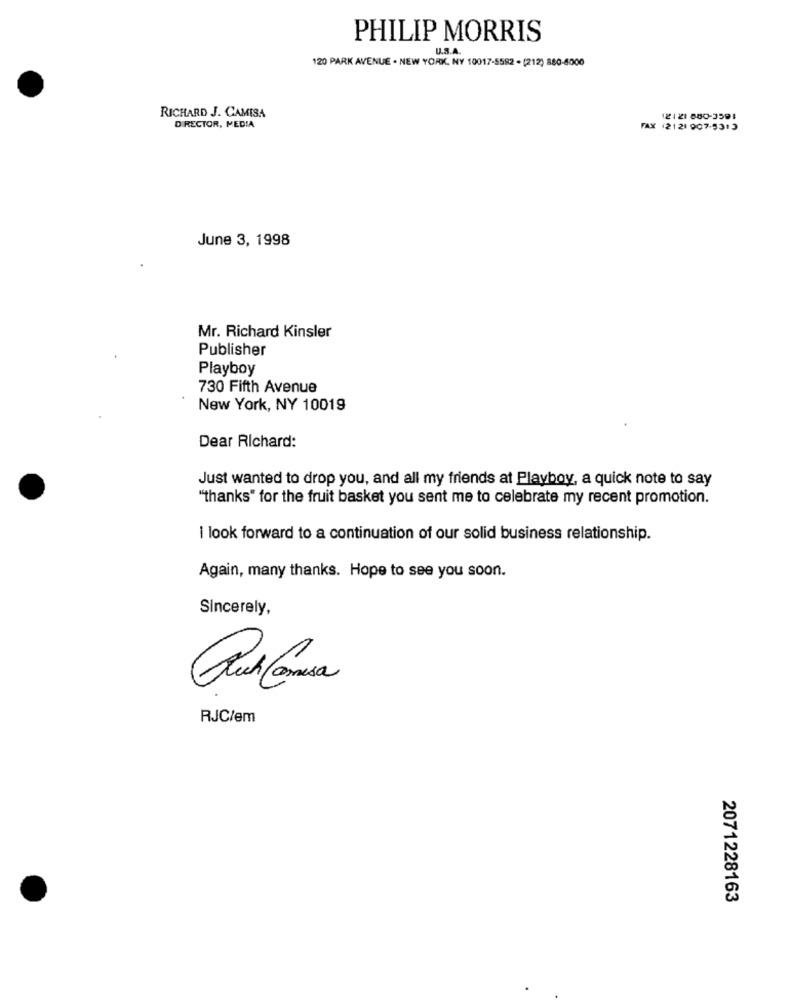
PHILIP MORRIS
U.S.A.
120 PARK AVENUE . NEW YORK, NY 10017-5582 - [212) 880-6000
RICHARD J. CAMISA
12121 800-3591
DIRECTOR, MEDIA
FAX (2121 907-5313
June 3, 1998
Mr. Richard Kinsler
Publisher
Playboy
730 Fifth Avenue
New York, NY 10019
Dear Richard:
Just wanted to drop you, and all my friends at Playboy, a quick note to say
"thanks" for the fruit basket you sent me to celebrate my recent promotion.
i look forward to a continuation of our solid business relationship.
Again, many thanks. Hope to see you soon.
Sincerely,
RJC/em
2071228163